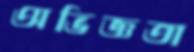
অভিজ্ঞতা